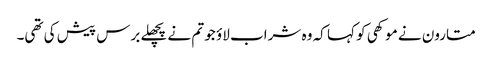
متارون نے موکھی کو کہا کہ وہ شراب لاؤ جو تم نے پچھلے برس پیش کی تھی۔